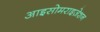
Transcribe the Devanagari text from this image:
आइसोमराइज़ेशन